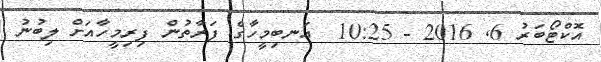
އޮކްޓޯބަރު 6